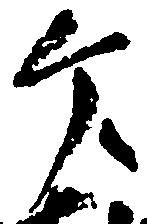
ヶ